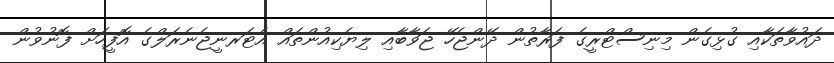
ދައުވާތަކާއި ގުޅިގެން މިނިސްޓްރީގެ ފަރާތުން ދޭންޖެހޭ ޖަވާބާއި ލިޔެކިއުންތައް އެޓަރނީޖެނެރަލްގެ އޮފީހަށް ފޮނުވުން